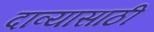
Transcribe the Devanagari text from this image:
दाव्यासाठी